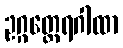
ဥဂ္ဂတ္ထေရဂါထာ